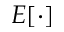
E [ \cdot ]